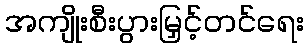
အကျိုးစီးပွားမြှင့်တင်ရေး